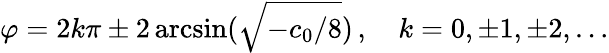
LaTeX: \varphi=2k\pi\pm 2\arcsin(\sqrt{-c_{0}/8})\, ,\quad k=0,\pm 1,\pm 2,\ldots